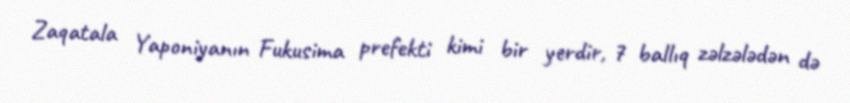
Zaqatala Yaponiyanın Fukusima prefekti kimi bir yerdir, 7 ballıq zəlzələdən də